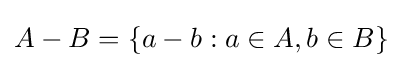
A-B=\{a-b:a\in A,b\in B\}